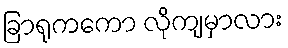
ခြာရုကကော လိုကျမှာလား